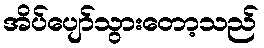
အိပ်ပျော်သွားတော့သည်